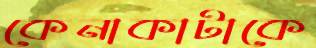
কেনাকাটাকে